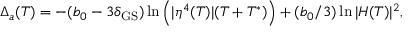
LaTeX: \Delta _ { a } ( T ) = - ( b _ { 0 } - 3 \delta _ { \mathrm { G S } } ) \ln \left( | \eta ^ { 4 } ( T ) | ( T + T ^ { * } ) \right) + ( b _ { 0 } / 3 ) \ln | H ( T ) | ^ { 2 } ,